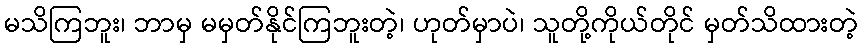
မသိကြဘူး၊ ဘာမှ မမှတ်နိုင်ကြဘူးတဲ့၊ ဟုတ်မှာပဲ၊ သူတို့ကိုယ်တိုင် မှတ်သိထားတဲ့